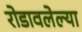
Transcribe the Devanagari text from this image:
रोडावलेल्या